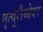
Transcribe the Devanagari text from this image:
मृत्युशैय्येवर